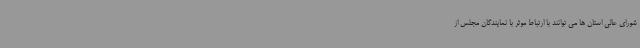
شورای عالی استان ها می توانند با ارتباط موثر با نمایندگان مجلس از